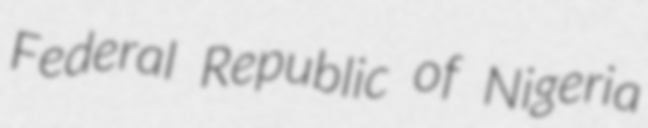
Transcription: Federal Republic of Nigeria